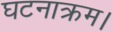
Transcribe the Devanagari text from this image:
घटनाक्रम।